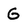
Character: G